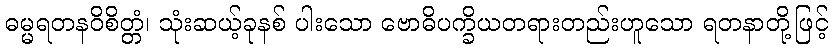
ဓမ္မရတနဝိစိတ္တံ၊ သုံးဆယ့်ခုနစ် ပါးသော ဗောဓိပက္ခိယတရားတည်းဟူသော ရတနာတို့ဖြင့်